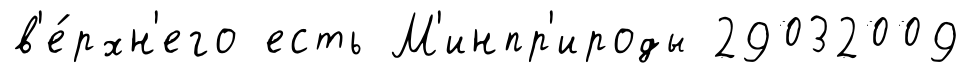
в'е́рхн'его есть М'инпр'ироды 29032009